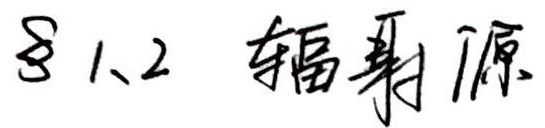
§1.2 辐射源